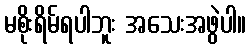
မစိုးရိမ်ရပါဘူး အသေးအဖွဲပါ။